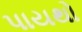
પાયથો